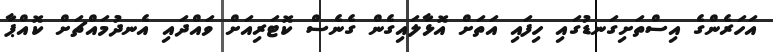
އަހަރެންގެ އިސްތަށިގަނޑުގައި ހިފައި އަތަށް އޮޅާލައިގެން ގެނެސް ކޮޓަރިއަށް ވައްދައި އެނދުމައްޗަށް ކޮއްޕާ